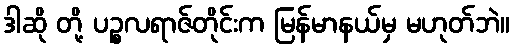
ဒါဆို တို့ ပဉ္စလရာဇ်တိုင်းက မြန်မာနယ်မှ မဟုတ်ဘဲ။